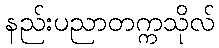
နည်းပညာတက္ကသိုလ်